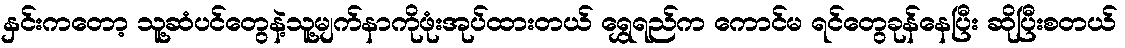
နှင်းကတော့ သူ့ဆံပင်တွေနဲ့သူ့မျက်နာကိုဖုံးအုပ်ထားတယ် ရွှေရည်က ကောင်မ ရင်တွေခုန်နေပြီး ဆိုပြီးစတယ်